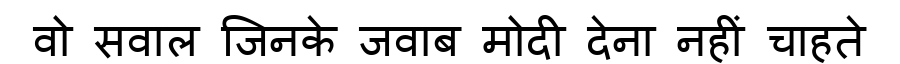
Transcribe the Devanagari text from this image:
वो सवाल जिनके जवाब मोदी देना नहीं चाहते